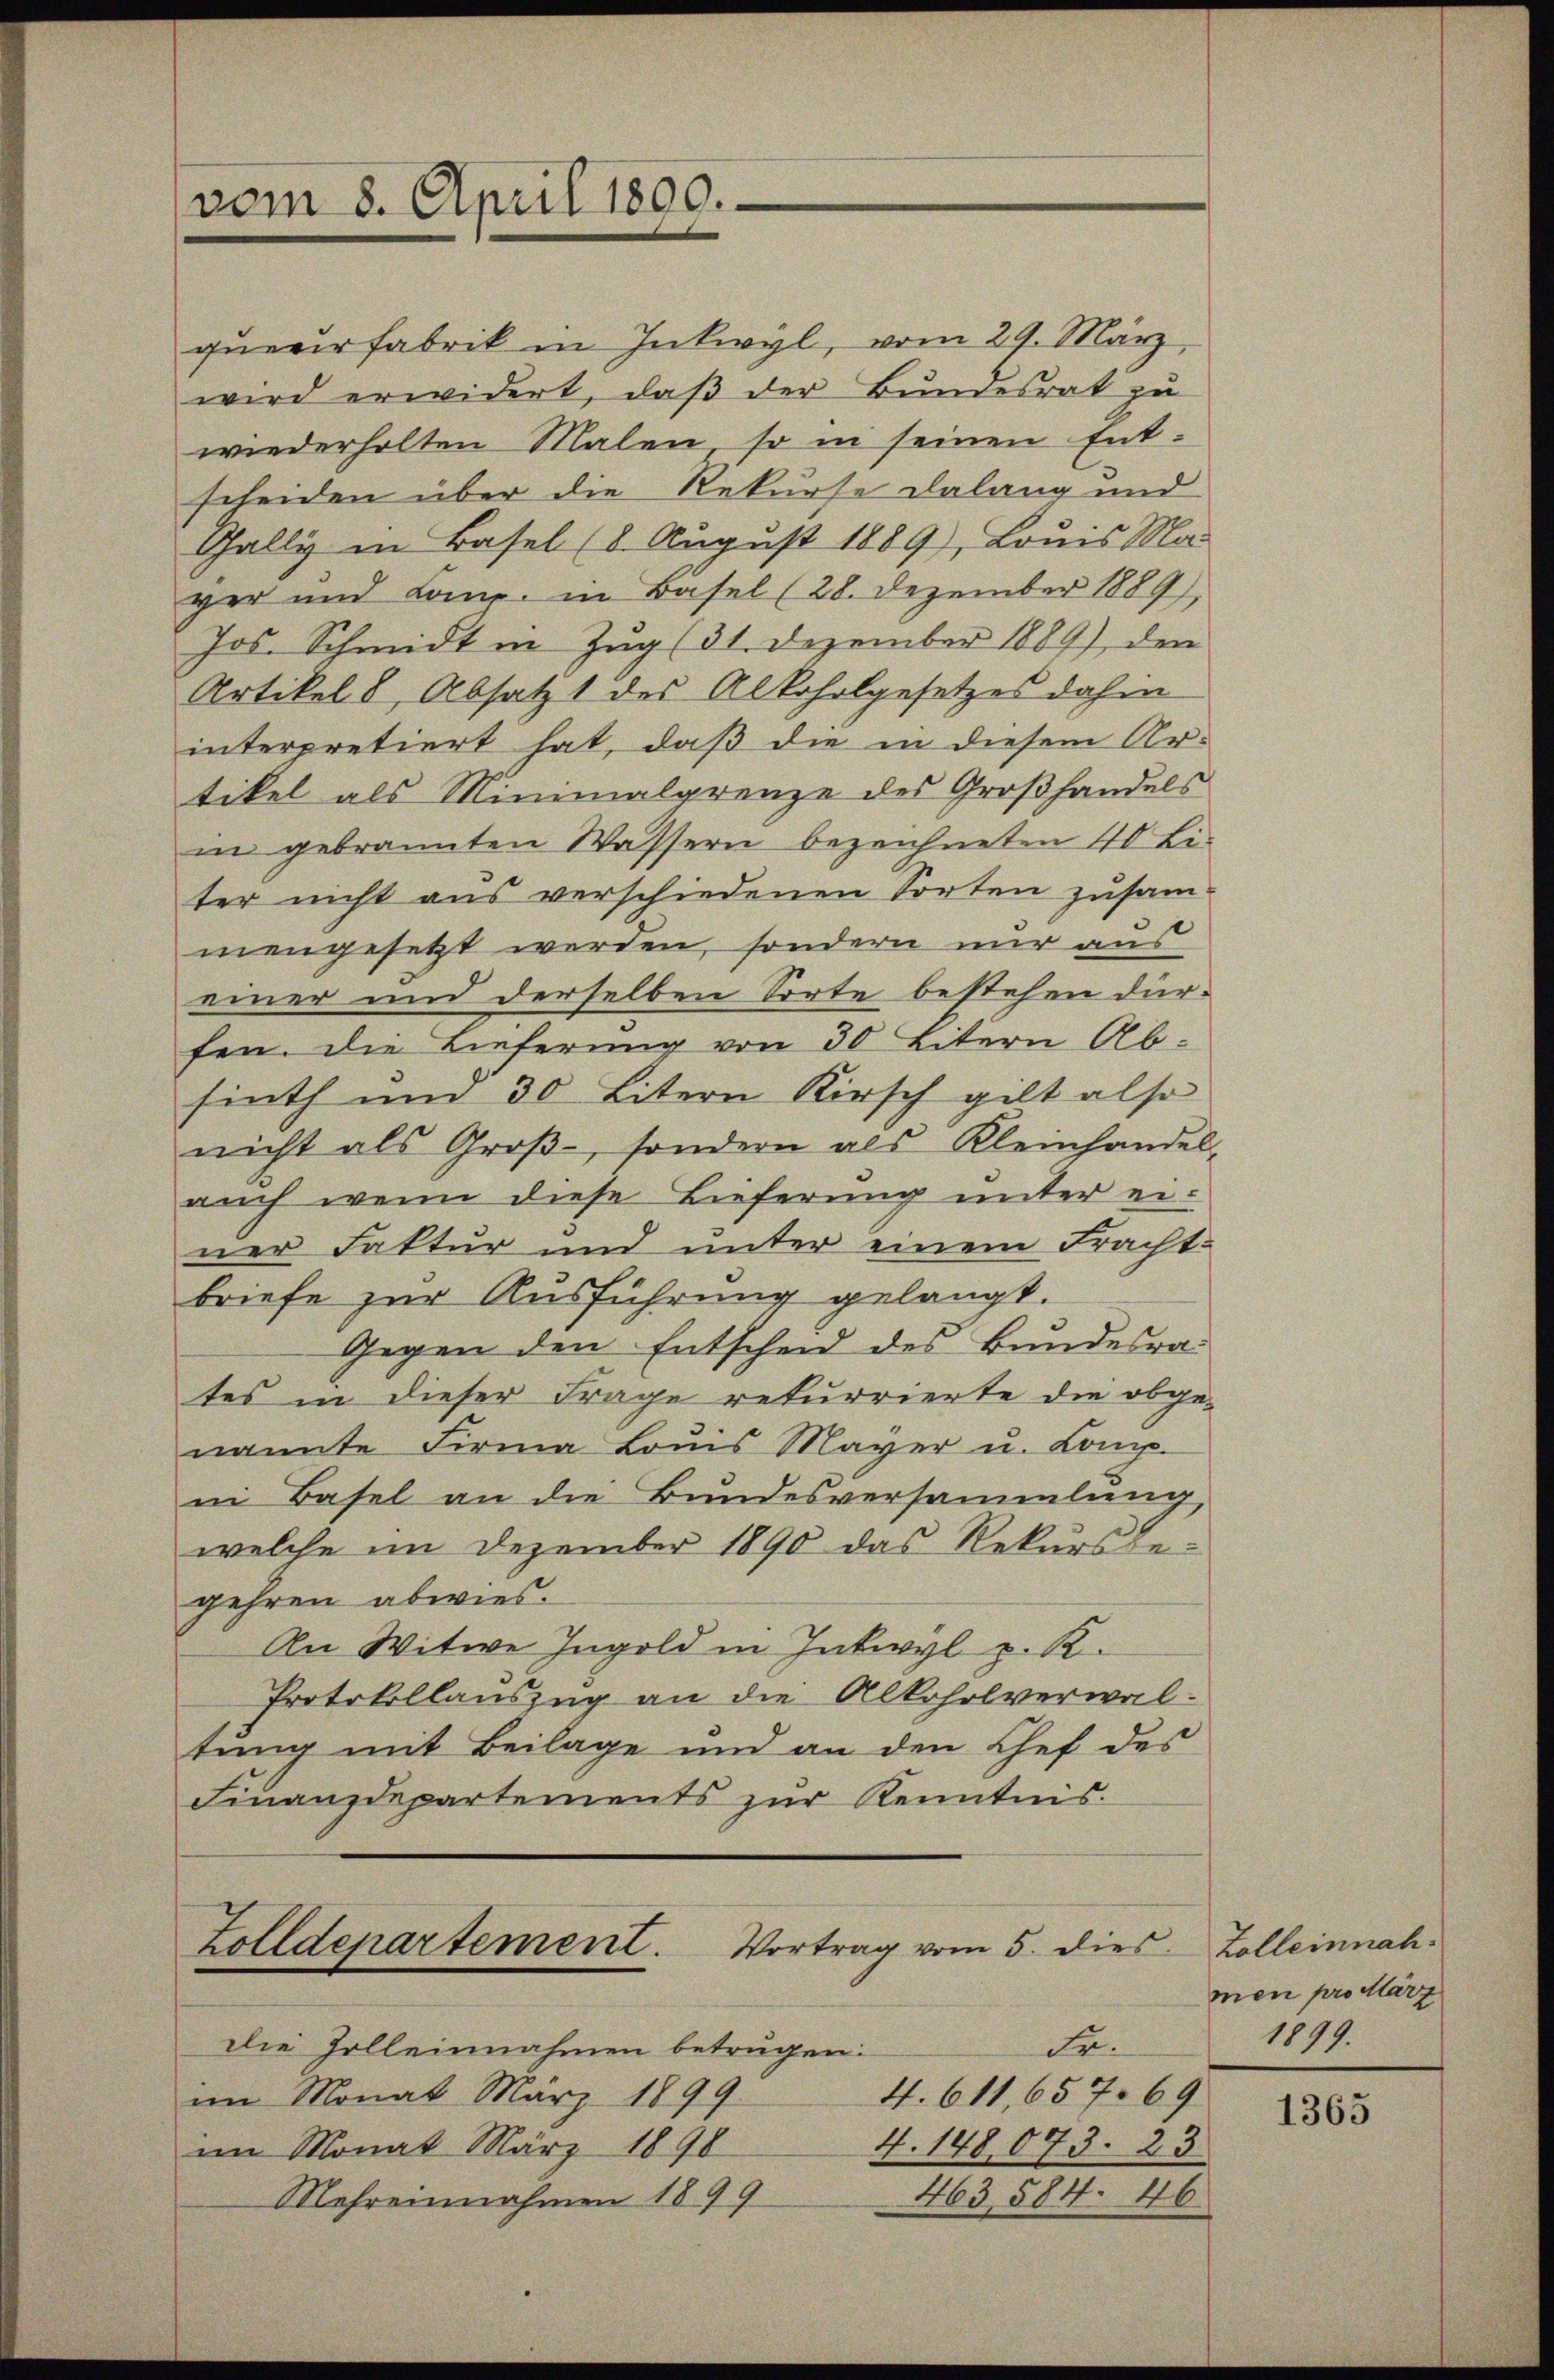
vom 8. April 1890.

queerfabrik in Intwyl, vom 29. März,
wird erwidert, daß der Bundesrat zu
wiederholten Malen so in seinen Ent-
scheiden über die Rekurse dalang und
Gally in Basel (8. August 1889), Louis Mar
ger und Comp. in Basel (28. Dezember 1889
Jos. Schmidt in Zŭg (31. Dezember 1889), den
Artikel 8, Absatzt des Alkoholgesetzes dahin
interpretiert hat, daß die in diesem Ar-
tikel als Minimalgrenze des Großhandels
in gebrannten Wassern bezeichneten 40 Li-
ter nicht aus verschiedenen Torten zusam-
mengesetzt werden, sondern nur aus
einer und derselben Sorte bestehen dürfen. Die Lieferung von 30 Litern Ab-
sinth um 30 Litern Kirsch gilt also
nicht als Groβ, sondern als Kleinhandel,
auch wenn diese Lieferung unter einer Faktur und unter einem Fracht-
briefe zur Ausführung gelangt.
Gegen den Entscheid des Bundesrates in dieser Frage rekurrierte die obge-
nannte Firma Louis Mayer u. Comp.
in Basel an die Bundesversammlung,
welche im Dezember 1890 das Rekursbegehren abwies.
An Witwe Ingold in Intwyl p. R.
Protokollauszug an die Alkoholverwaltung mit Beilage und an den Chef des
Finanzdepartements zŭr Kenntnis.
Zolldepartement. Vortrag vom 5. dies Zolleinnah¬
Fr.
Die Zolleinnahmen betrügen:
4. 611,657. 69
im Monat März 1899
4. 148,073. 23.
im Monat März 1890
463, 584. 46
Mehreinnahmen 1899

men pro Marz
1899.

1365